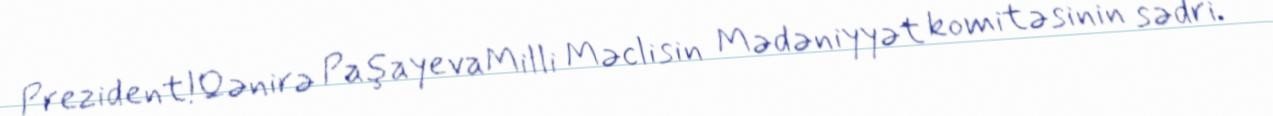
Prezident!Qənirə PaşayevaMilli Məclisin Mədəniyyət komitəsinin sədri.